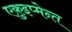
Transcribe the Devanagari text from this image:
एक़ुइप्मेन्त